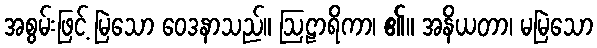
အစွမ်းဖြင့် မြဲသော ဝေဒနာသည်။ ဩဠာရိကာ၊ ၏။ အနိယတာ၊ မမြဲသော